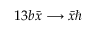
1 3 b \bar { x } \longrightarrow \bar { x } \hbar